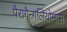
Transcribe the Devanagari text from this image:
पैरागैन्गलियोमास